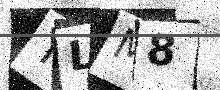
Text: YLM8